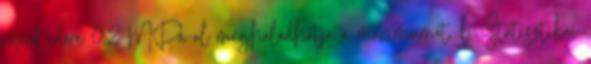
rövid idõre 0,2 MPa-al meghaladhatja a maximumot. b Statisztikai